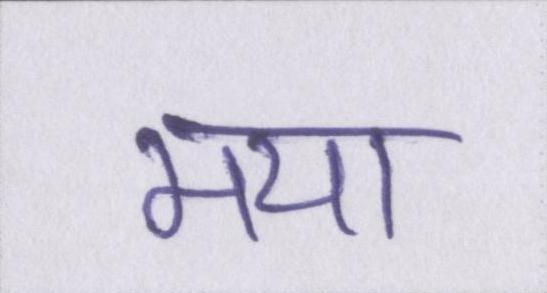
मया